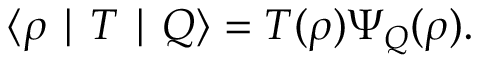
\langle \rho \mid T \mid Q \rangle = T ( \rho ) { \mit \Psi } _ { Q } ( \rho ) .